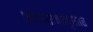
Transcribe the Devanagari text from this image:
आचरनानुसार